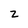
Character: Z